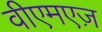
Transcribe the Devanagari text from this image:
वीएमएज़